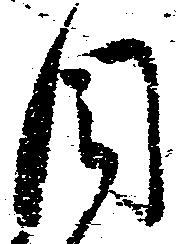
目